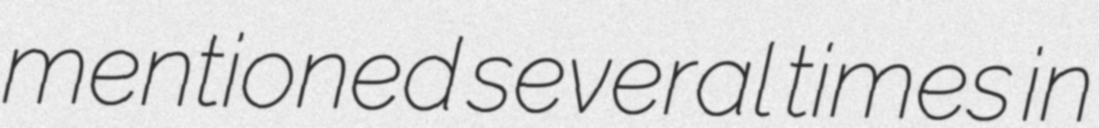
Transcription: mentioned several times in